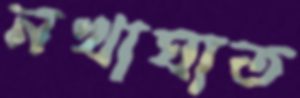
নখাঘাত